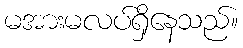
မအားမလပ်ရှိနေသည်။